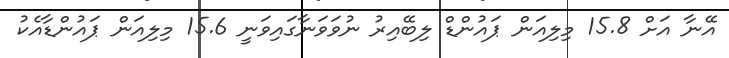
އޭނާ އަށް 15.8 މިލިއަން ޕައުންޑް ލިބޭއިރު ނުވަވަނާގައިވަނީ 15.6 މިލިއަން ޕައުންޑާއެކު